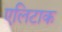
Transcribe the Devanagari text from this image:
एलिटाक